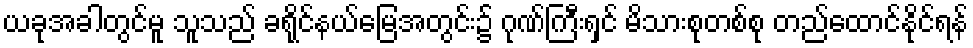
ယခုအခါတွင်မူ သူသည် ခရိုင်နယ်မြေအတွင်း၌ ဂုဏ်ကြီးရှင် မိသားစုတစ်စု တည်ထောင်နိုင်ရန်